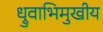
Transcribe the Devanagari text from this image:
ध्रुवाभिमुखीय